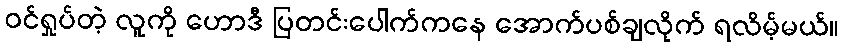
ဝင်ရှုပ်တဲ့ လူကို ဟောဒီ ပြတင်းပေါက်ကနေ အောက်ပစ်ချလိုက် ရလိမ့်မယ်။